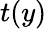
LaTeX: t(y)